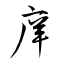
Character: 庠